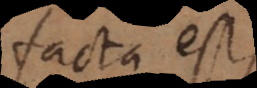
facta est,